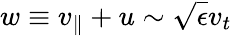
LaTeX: w\equiv v_{\parallel}+u\sim\sqrt{\epsilon}v_{t}